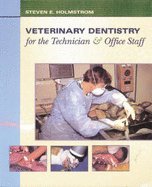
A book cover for Veterinary Dentistry for the Technician and Office Staff; Medical Books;